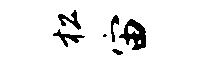
松宙